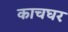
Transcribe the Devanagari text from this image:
काचघर